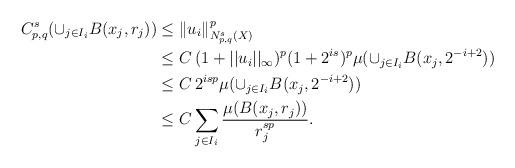
LaTeX: \begin{align*}C_{p,q}^s(\cup_{j\in I_i}B(x_j,r_j))&\le \|u_i\|_{N^s_{p,q}(X)}^p \\&\le C \, (1+ ||u_i||_{\infty})^p (1+2^{is})^p \mu(\cup_{j\in I_i}B(x_j,2^{-i+2})) \\&\le C \, 2^{isp}\mu(\cup_{j\in I_i}B(x_j,2^{-i+2})) \\&\le C\sum_{j\in I_i}\frac{\mu(B(x_j,r_j))}{r_j^{sp}}.\end{align*}